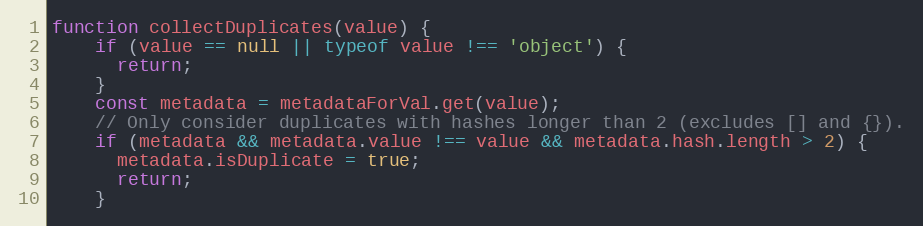
Language: JavaScript
function collectDuplicates(value) {
    if (value == null || typeof value !== 'object') {
      return;
    }
    const metadata = metadataForVal.get(value);
    // Only consider duplicates with hashes longer than 2 (excludes [] and {}).
    if (metadata && metadata.value !== value && metadata.hash.length > 2) {
      metadata.isDuplicate = true;
      return;
    }